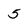
Character: 5